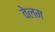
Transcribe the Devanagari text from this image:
वेलम